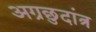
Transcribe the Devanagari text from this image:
अग्रछुदांत्र